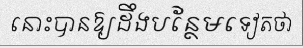
នោះបានឱ្យដឹងបន្ថែមទៀតថា